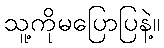
သူ့ကိုမပြောပြနဲ့။